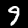
Digit: 9